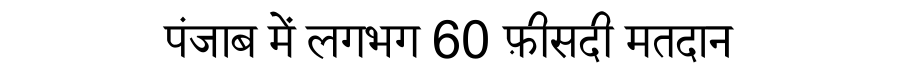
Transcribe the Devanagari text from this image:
पंजाब में लगभग 60 फ़ीसदी मतदान